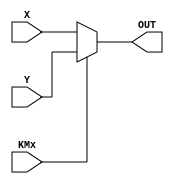
module KMux (X,Y,KMx, OUT);

	input [15:0] X, Y;
	input KMx;
	output reg [15:0] OUT;
	
	always @ (X or Y or KMx)
	begin
	OUT = KMx ? Y : X; //Si Kmx = 0 -> OUT = X
	end

endmodule